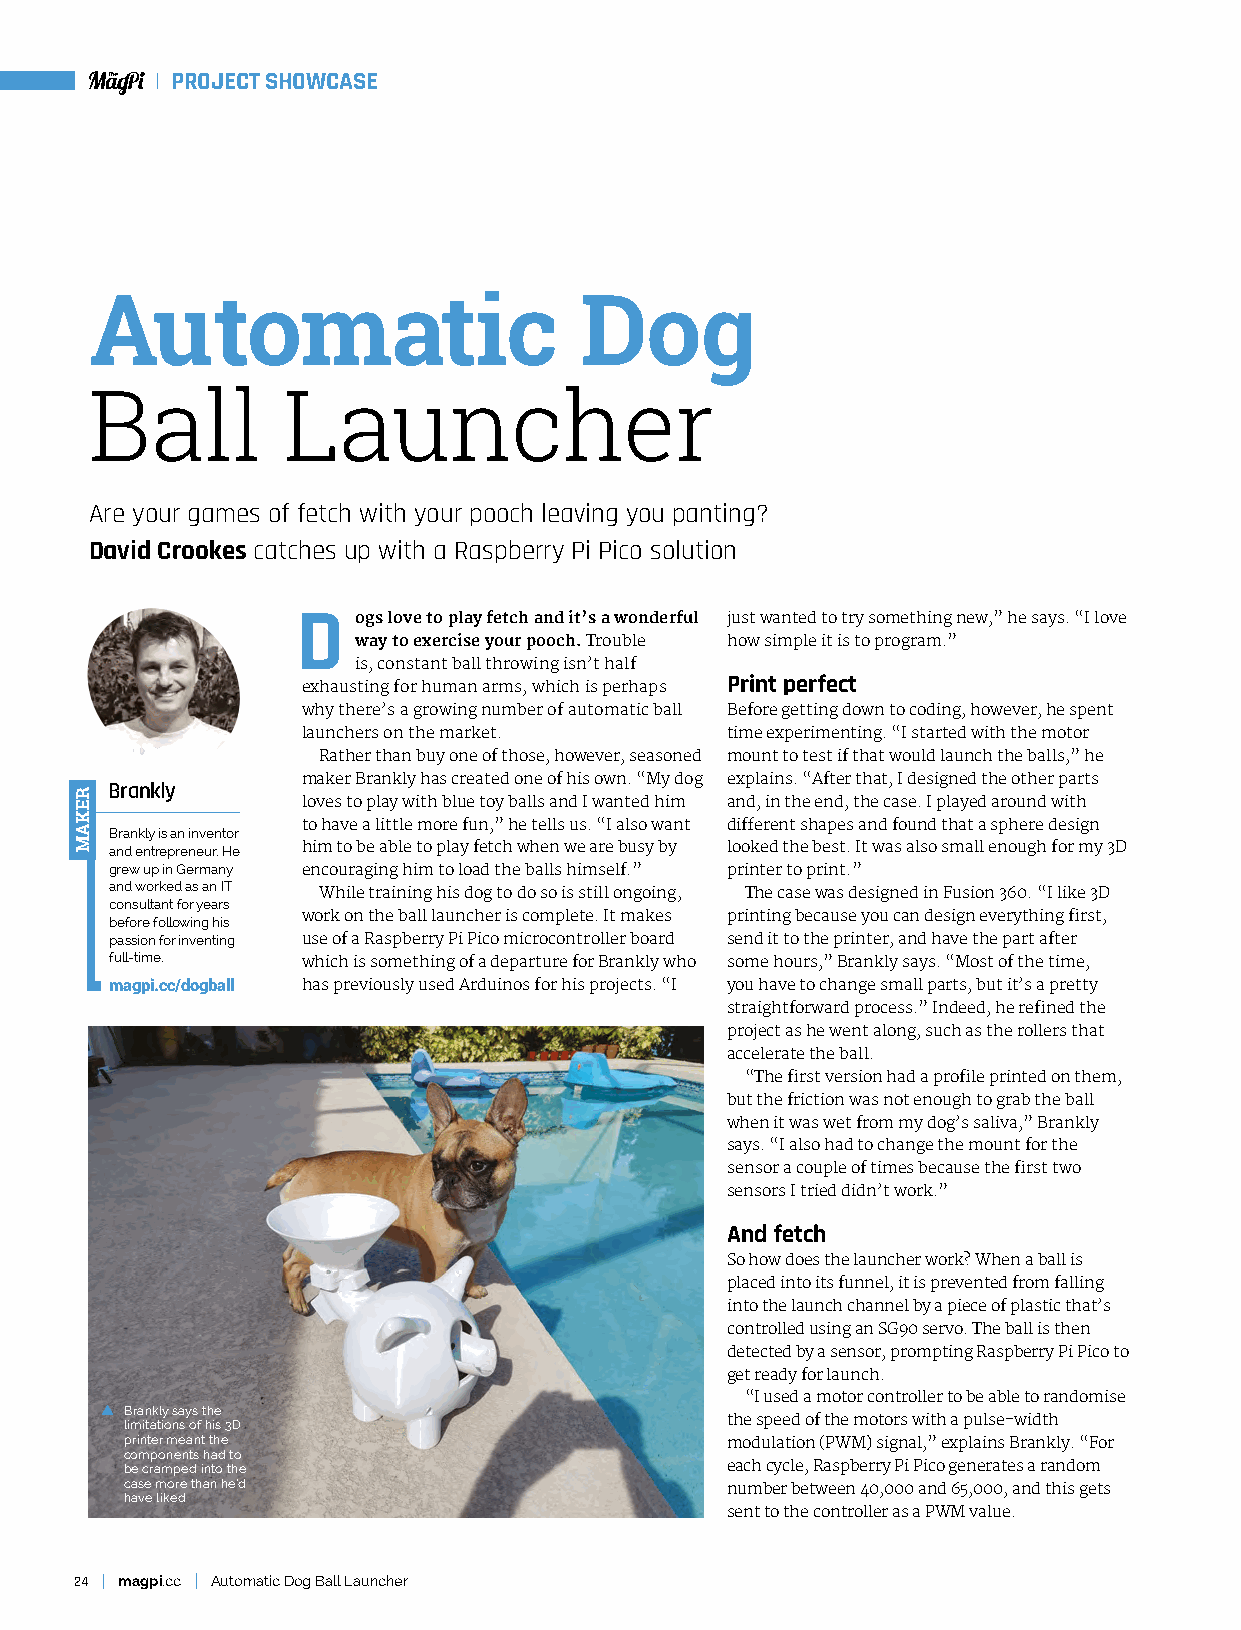
PROJECT SHOWCASE
 Automatic                       Dog
 Ball         Launcher
 Are your games of fetch with your pooch leaving you panting?
 David Crookes catches up with a Raspberry Pi Pico solution
 D  ogs love to play fetch and it’s a wonderful just wanted to try something new,” he says. “I love
 way to exercise your pooch. Trouble how simple it is to program.”
 is, constant ball throwing isn’t half
 exhausting for human arms, which is perhaps Print perfect
 why there’s a growing number of automatic ball Before getting down to coding, however, he spent
 launchers on the market.    time experimenting. “I started with the motor
 Rather than buy one of those, however, seasoned mount to test if that would launch the balls,” he
 maker Brankly has created one of his own. “My dog explains. “After that, I designed the other parts
 Brankly
 loves to play with blue toy balls and I wanted him and, in the end, the case. I played around with
 to have a little more fun,” he tells us. “I also want different shapes and found that a sphere design
 Brankly is an inventor
 and entrepreneur. He him to be able to play fetch when we are busy by looked the best. It was also small enough for my 3D
 grew up in Germany encouraging him to load the balls himself.” printer to print.”
 and worked as an IT
 While training his dog to do so is still ongoing, The case was designed in Fusion 360. “I like 3D
 consultant for years
 before following his work on the ball launcher is complete. It makes printing because you can design everything first,
 passion for inventing use of a Raspberry Pi Pico microcontroller board send it to the printer, and have the part after
 full-time.   which is something of a departure for Brankly who some hours,” Brankly says. “Most of the time,
 magpi.cc/dogball has previously used Arduinos for his projects. “I you have to change small parts, but it’s a pretty
 straightforward process.” Indeed, he refined the
 project as he went along, such as the rollers that
 accelerate the ball.
 “The first version had a profile printed on them,
 but the friction was not enough to grab the ball
 when it was wet from my dog’s saliva,” Brankly
 says. “I also had to change the mount for the
 sensor a couple of times because the first two
 sensors I tried didn’t work.”
 And fetch
 So how does the launcher work? When a ball is
 placed into its funnel, it is prevented from falling
 into the launch channel by a piece of plastic that’s
 controlled using an SG90 servo. The ball is then
 detected by a sensor, prompting Raspberry Pi Pico to
 get ready for launch.
 “I used a motor controller to be able to randomise
 Brankly says the
 limitations of his 3D                   the speed of the motors with a pulse-width
 printer meant the                       modulation (PWM) signal,” explains Brankly. “For
 components had to
 be cramped into the                     each cycle, Raspberry Pi Pico generates a random
 case more than he’d                     number between 40,000 and 65,000, and this gets
 have liked
 sent to the controller as a PWM value.
 24 magpi.cc Automatic Dog Ball Launcher
 REKAM